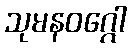
သုမနဝဂ္ဂေါ